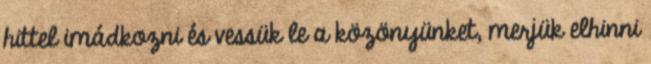
hittel imádkozni és vessük le a közönyünket, merjük elhinni